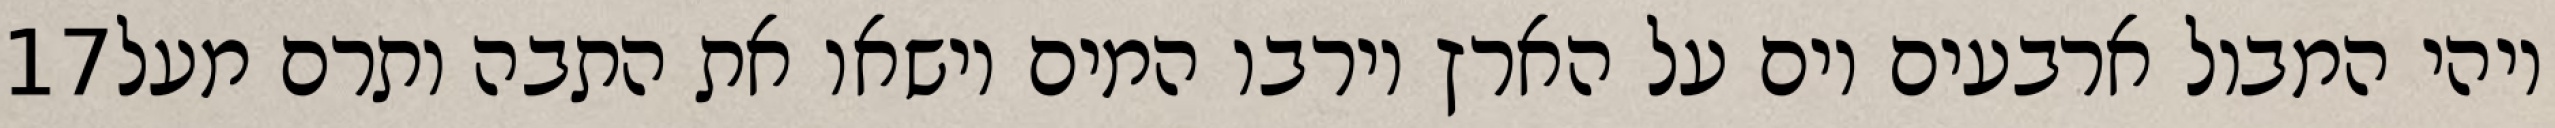
‎17‏ ויהי המבול ארבעים יום על הארץ וירבו המים וישאו את התבה ותרם מעל